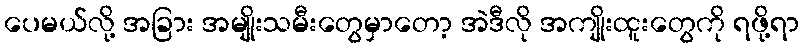
ပေမယ်လို့ အခြား အမျိုးသမီးတွေမှာတော့ အဲဒီလို အကျိုးထူးတွေကို ရဖို့ရာ